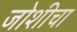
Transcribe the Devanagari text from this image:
जोशीचा